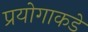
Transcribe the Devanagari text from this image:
प्रयोगाकडे